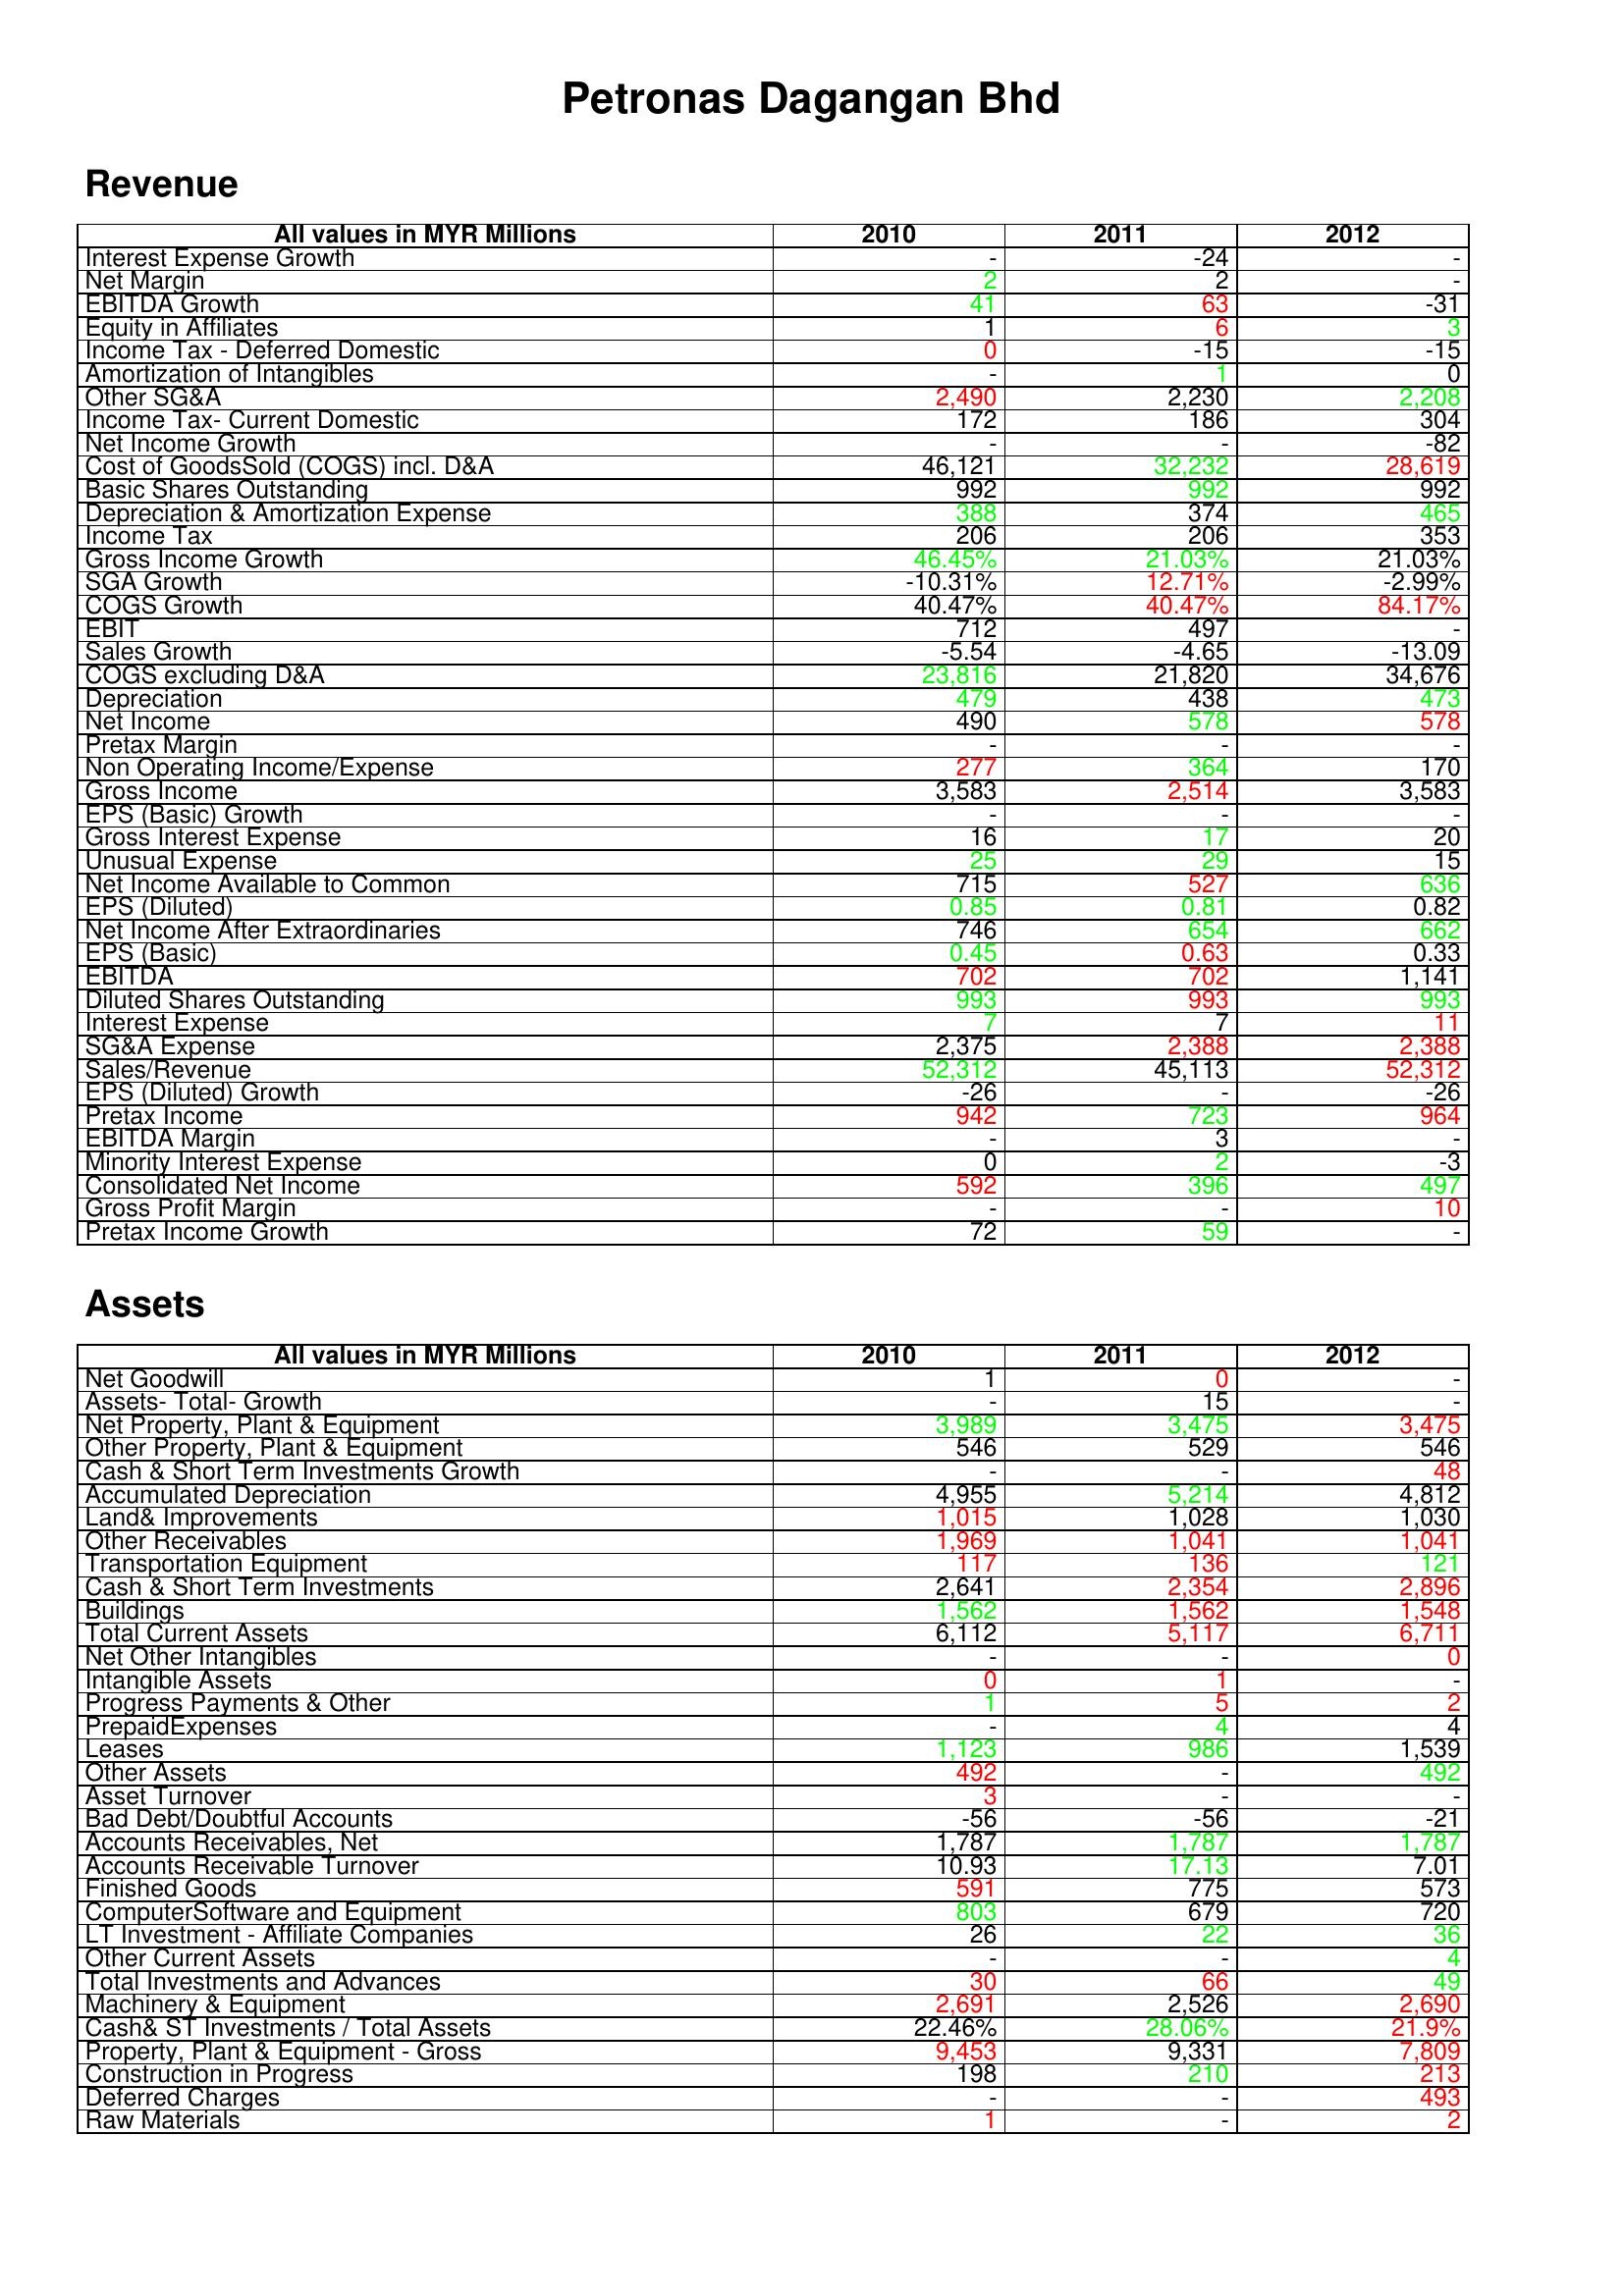
gt_parse: 2010: Revenue: Interest Expense Growth: -
Net Margin: 2
EBITDA Growth: 41
Equity in Affiliates: 1
Income Tax - Deferred Domestic: 0
Amortization of Intangibles: -
Other SG&A: 2,490
Income Tax- Current Domestic: 172
Net Income Growth: -
Cost of GoodsSold (COGS) incl. D&A: 46,121
Basic Shares Outstanding: 992
Depreciation & Amortization Expense: 388
Income Tax: 206
Gross Income Growth: 46.45%
SGA Growth: -10.31%
COGS Growth: 40.47%
EBIT: 712
Sales Growth: -5.54
COGS excluding D&A: 23,816
Depreciation: 479
Net Income: 490
Pretax Margin: -
Non Operating Income/Expense: 277
Gross Income: 3,583
EPS (Basic) Growth: -
Gross Interest Expense: 16
Unusual Expense: 25
Net Income Available to Common: 715
EPS (Diluted): 0.85
Net Income After Extraordinaries: 746
EPS (Basic): 0.45
EBITDA: 702
Diluted Shares Outstanding: 993
Interest Expense: 7
SG&A Expense: 2,375
Sales/Revenue: 52,312
EPS (Diluted) Growth: -26
Pretax Income: 942
EBITDA Margin: -
Minority Interest Expense: 0
Consolidated Net Income: 592
Gross Profit Margin: -
Pretax Income Growth: 72
Assets: Net Goodwill: 1
Assets- Total- Growth: -
Net Property, Plant & Equipment: 3,989
Other Property, Plant & Equipment: 546
Cash & Short Term Investments Growth: -
Accumulated Depreciation: 4,955
Land& Improvements: 1,015
Other Receivables: 1,969
Transportation Equipment: 117
Cash & Short Term Investments: 2,641
Buildings: 1,562
Total Current Assets: 6,112
Net Other Intangibles: -
Intangible Assets: 0
Progress Payments & Other: 1
PrepaidExpenses: -
Leases: 1,123
Other Assets: 492
Asset Turnover: 3
Bad Debt/Doubtful Accounts: -56
Accounts Receivables, Net: 1,787
Accounts Receivable Turnover: 10.93
Finished Goods: 591
ComputerSoftware and Equipment: 803
LT Investment - Affiliate Companies: 26
Other Current Assets: -
Total Investments and Advances: 30
Machinery & Equipment: 2,691
Cash& ST Investments / Total Assets: 22.46%
Property, Plant & Equipment - Gross : 9,453
Construction in Progress: 198
Deferred Charges: -
Raw Materials: 1
2011: Revenue: Interest Expense Growth: -24
Net Margin: 2
EBITDA Growth: 63
Equity in Affiliates: 6
Income Tax - Deferred Domestic: -15
Amortization of Intangibles: 1
Other SG&A: 2,230
Income Tax- Current Domestic: 186
Net Income Growth: -
Cost of GoodsSold (COGS) incl. D&A: 32,232
Basic Shares Outstanding: 992
Depreciation & Amortization Expense: 374
Income Tax: 206
Gross Income Growth: 21.03%
SGA Growth: 12.71%
COGS Growth: 40.47%
EBIT: 497
Sales Growth: -4.65
COGS excluding D&A: 21,820
Depreciation: 438
Net Income: 578
Pretax Margin: -
Non Operating Income/Expense: 364
Gross Income: 2,514
EPS (Basic) Growth: -
Gross Interest Expense: 17
Unusual Expense: 29
Net Income Available to Common: 527
EPS (Diluted): 0.81
Net Income After Extraordinaries: 654
EPS (Basic): 0.63
EBITDA: 702
Diluted Shares Outstanding: 993
Interest Expense: 7
SG&A Expense: 2,388
Sales/Revenue: 45,113
EPS (Diluted) Growth: -
Pretax Income: 723
EBITDA Margin: 3
Minority Interest Expense: 2
Consolidated Net Income: 396
Gross Profit Margin: -
Pretax Income Growth: 59
Assets: Net Goodwill: 0
Assets- Total- Growth: 15
Net Property, Plant & Equipment: 3,475
Other Property, Plant & Equipment: 529
Cash & Short Term Investments Growth: -
Accumulated Depreciation: 5,214
Land& Improvements: 1,028
Other Receivables: 1,041
Transportation Equipment: 136
Cash & Short Term Investments: 2,354
Buildings: 1,562
Total Current Assets: 5,117
Net Other Intangibles: -
Intangible Assets: 1
Progress Payments & Other: 5
PrepaidExpenses: 4
Leases: 986
Other Assets: -
Asset Turnover: -
Bad Debt/Doubtful Accounts: -56
Accounts Receivables, Net: 1,787
Accounts Receivable Turnover: 17.13
Finished Goods: 775
ComputerSoftware and Equipment: 679
LT Investment - Affiliate Companies: 22
Other Current Assets: -
Total Investments and Advances: 66
Machinery & Equipment: 2,526
Cash& ST Investments / Total Assets: 28.06%
Property, Plant & Equipment - Gross : 9,331
Construction in Progress: 210
Deferred Charges: -
Raw Materials: -
2012: Revenue: Interest Expense Growth: -
Net Margin: -
EBITDA Growth: -31
Equity in Affiliates: 3
Income Tax - Deferred Domestic: -15
Amortization of Intangibles: 0
Other SG&A: 2,208
Income Tax- Current Domestic: 304
Net Income Growth: -82
Cost of GoodsSold (COGS) incl. D&A: 28,619
Basic Shares Outstanding: 992
Depreciation & Amortization Expense: 465
Income Tax: 353
Gross Income Growth: 21.03%
SGA Growth: -2.99%
COGS Growth: 84.17%
EBIT: -
Sales Growth: -13.09
COGS excluding D&A: 34,676
Depreciation: 473
Net Income: 578
Pretax Margin: -
Non Operating Income/Expense: 170
Gross Income: 3,583
EPS (Basic) Growth: -
Gross Interest Expense: 20
Unusual Expense: 15
Net Income Available to Common: 636
EPS (Diluted): 0.82
Net Income After Extraordinaries: 662
EPS (Basic): 0.33
EBITDA: 1,141
Diluted Shares Outstanding: 993
Interest Expense: 11
SG&A Expense: 2,388
Sales/Revenue: 52,312
EPS (Diluted) Growth: -26
Pretax Income: 964
EBITDA Margin: -
Minority Interest Expense: -3
Consolidated Net Income: 497
Gross Profit Margin: 10
Pretax Income Growth: -
Assets: Net Goodwill: -
Assets- Total- Growth: -
Net Property, Plant & Equipment: 3,475
Other Property, Plant & Equipment: 546
Cash & Short Term Investments Growth: 48
Accumulated Depreciation: 4,812
Land& Improvements: 1,030
Other Receivables: 1,041
Transportation Equipment: 121
Cash & Short Term Investments: 2,896
Buildings: 1,548
Total Current Assets: 6,711
Net Other Intangibles: 0
Intangible Assets: -
Progress Payments & Other: 2
PrepaidExpenses: 4
Leases: 1,539
Other Assets: 492
Asset Turnover: -
Bad Debt/Doubtful Accounts: -21
Accounts Receivables, Net: 1,787
Accounts Receivable Turnover: 7.01
Finished Goods: 573
ComputerSoftware and Equipment: 720
LT Investment - Affiliate Companies: 36
Other Current Assets: 4
Total Investments and Advances: 49
Machinery & Equipment: 2,690
Cash& ST Investments / Total Assets: 21.9%
Property, Plant & Equipment - Gross : 7,809
Construction in Progress: 213
Deferred Charges: 493
Raw Materials: 2